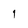
Character: 1